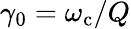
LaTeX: \gamma_{0}=\omega_{\mathrm{c}}/Q